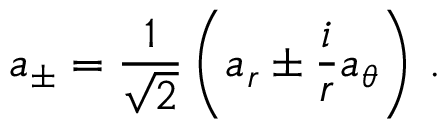
a _ { \pm } = \frac { 1 } { \sqrt 2 } \left( a _ { r } \pm \frac { i } { r } a _ { \theta } \right) \, .